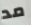
مد